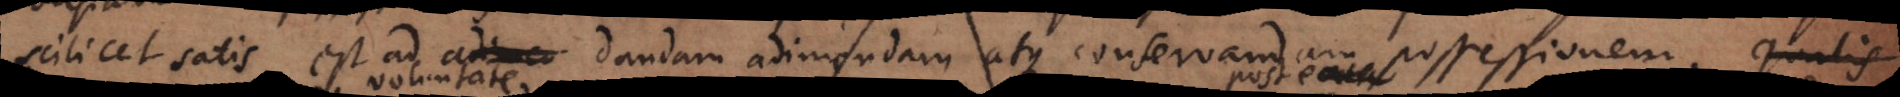
scilicet satis est ad dandam adimendam atque conservandam possessionem. Ejus